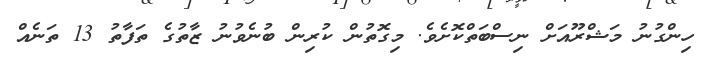
ހިންގުނު މަޝްރޫއަށް ނިސްބަތްކޮށެވެ. މިގޮތުން ކުރިން ބުނެވުނު ޒާތުގެ ތަފާތު 13 ތަނެއް